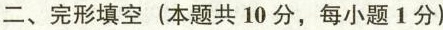
二、完形填空(本题共 10 分,每小题 1分)